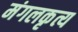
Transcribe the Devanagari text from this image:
मंगलकृत्य